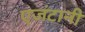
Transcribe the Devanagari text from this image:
एजंटानी